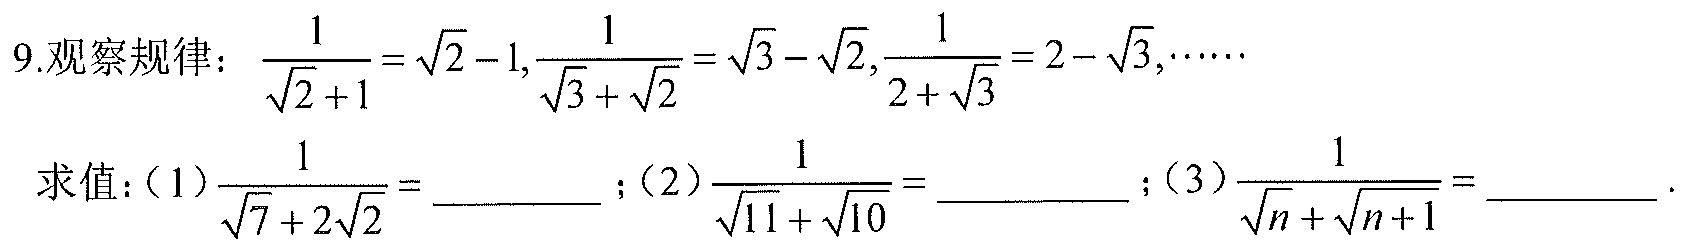
9.观察规律：\(\frac{1}{\sqrt{2} + 1}=\sqrt{2}-1,\frac{1}{\sqrt{3}+\sqrt{2}}=\sqrt{3}-\sqrt{2},\frac{1}{2 + \sqrt{3}}=2-\sqrt{3},\cdots\)
求值：（1）\(\frac{1}{\sqrt{7}+2\sqrt{2}}=\_\_\_\_\_\)；（2）\(\frac{1}{\sqrt{11}+\sqrt{10}}=\_\_\_\_\_\)；（3）\(\frac{1}{\sqrt{n}+\sqrt{n + 1}}=\_\_\_\_\_\).